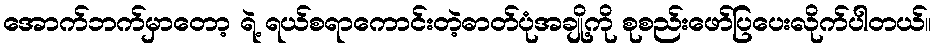
အောက်ဘက်မှာတော့ ရဲ့ ရယ်စရာကောင်းတဲ့ဓာတ်ပုံအချို့ကို စုစည်းဖော်ပြပေးလိုက်ပါတယ်။